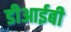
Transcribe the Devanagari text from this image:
डीआईबी